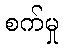
စက်မှု